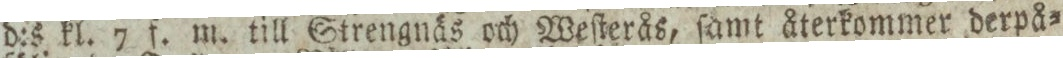
d:s kl. 7 f. m. till Strengnäs och Weſterås, ſamt återkommer derpå=